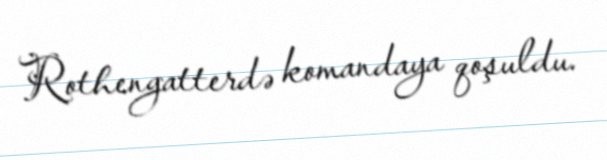
Rothengatterdə komandaya qoşuldu.